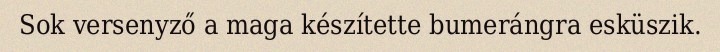
Sok versenyző a maga készítette bumerángra esküszik.